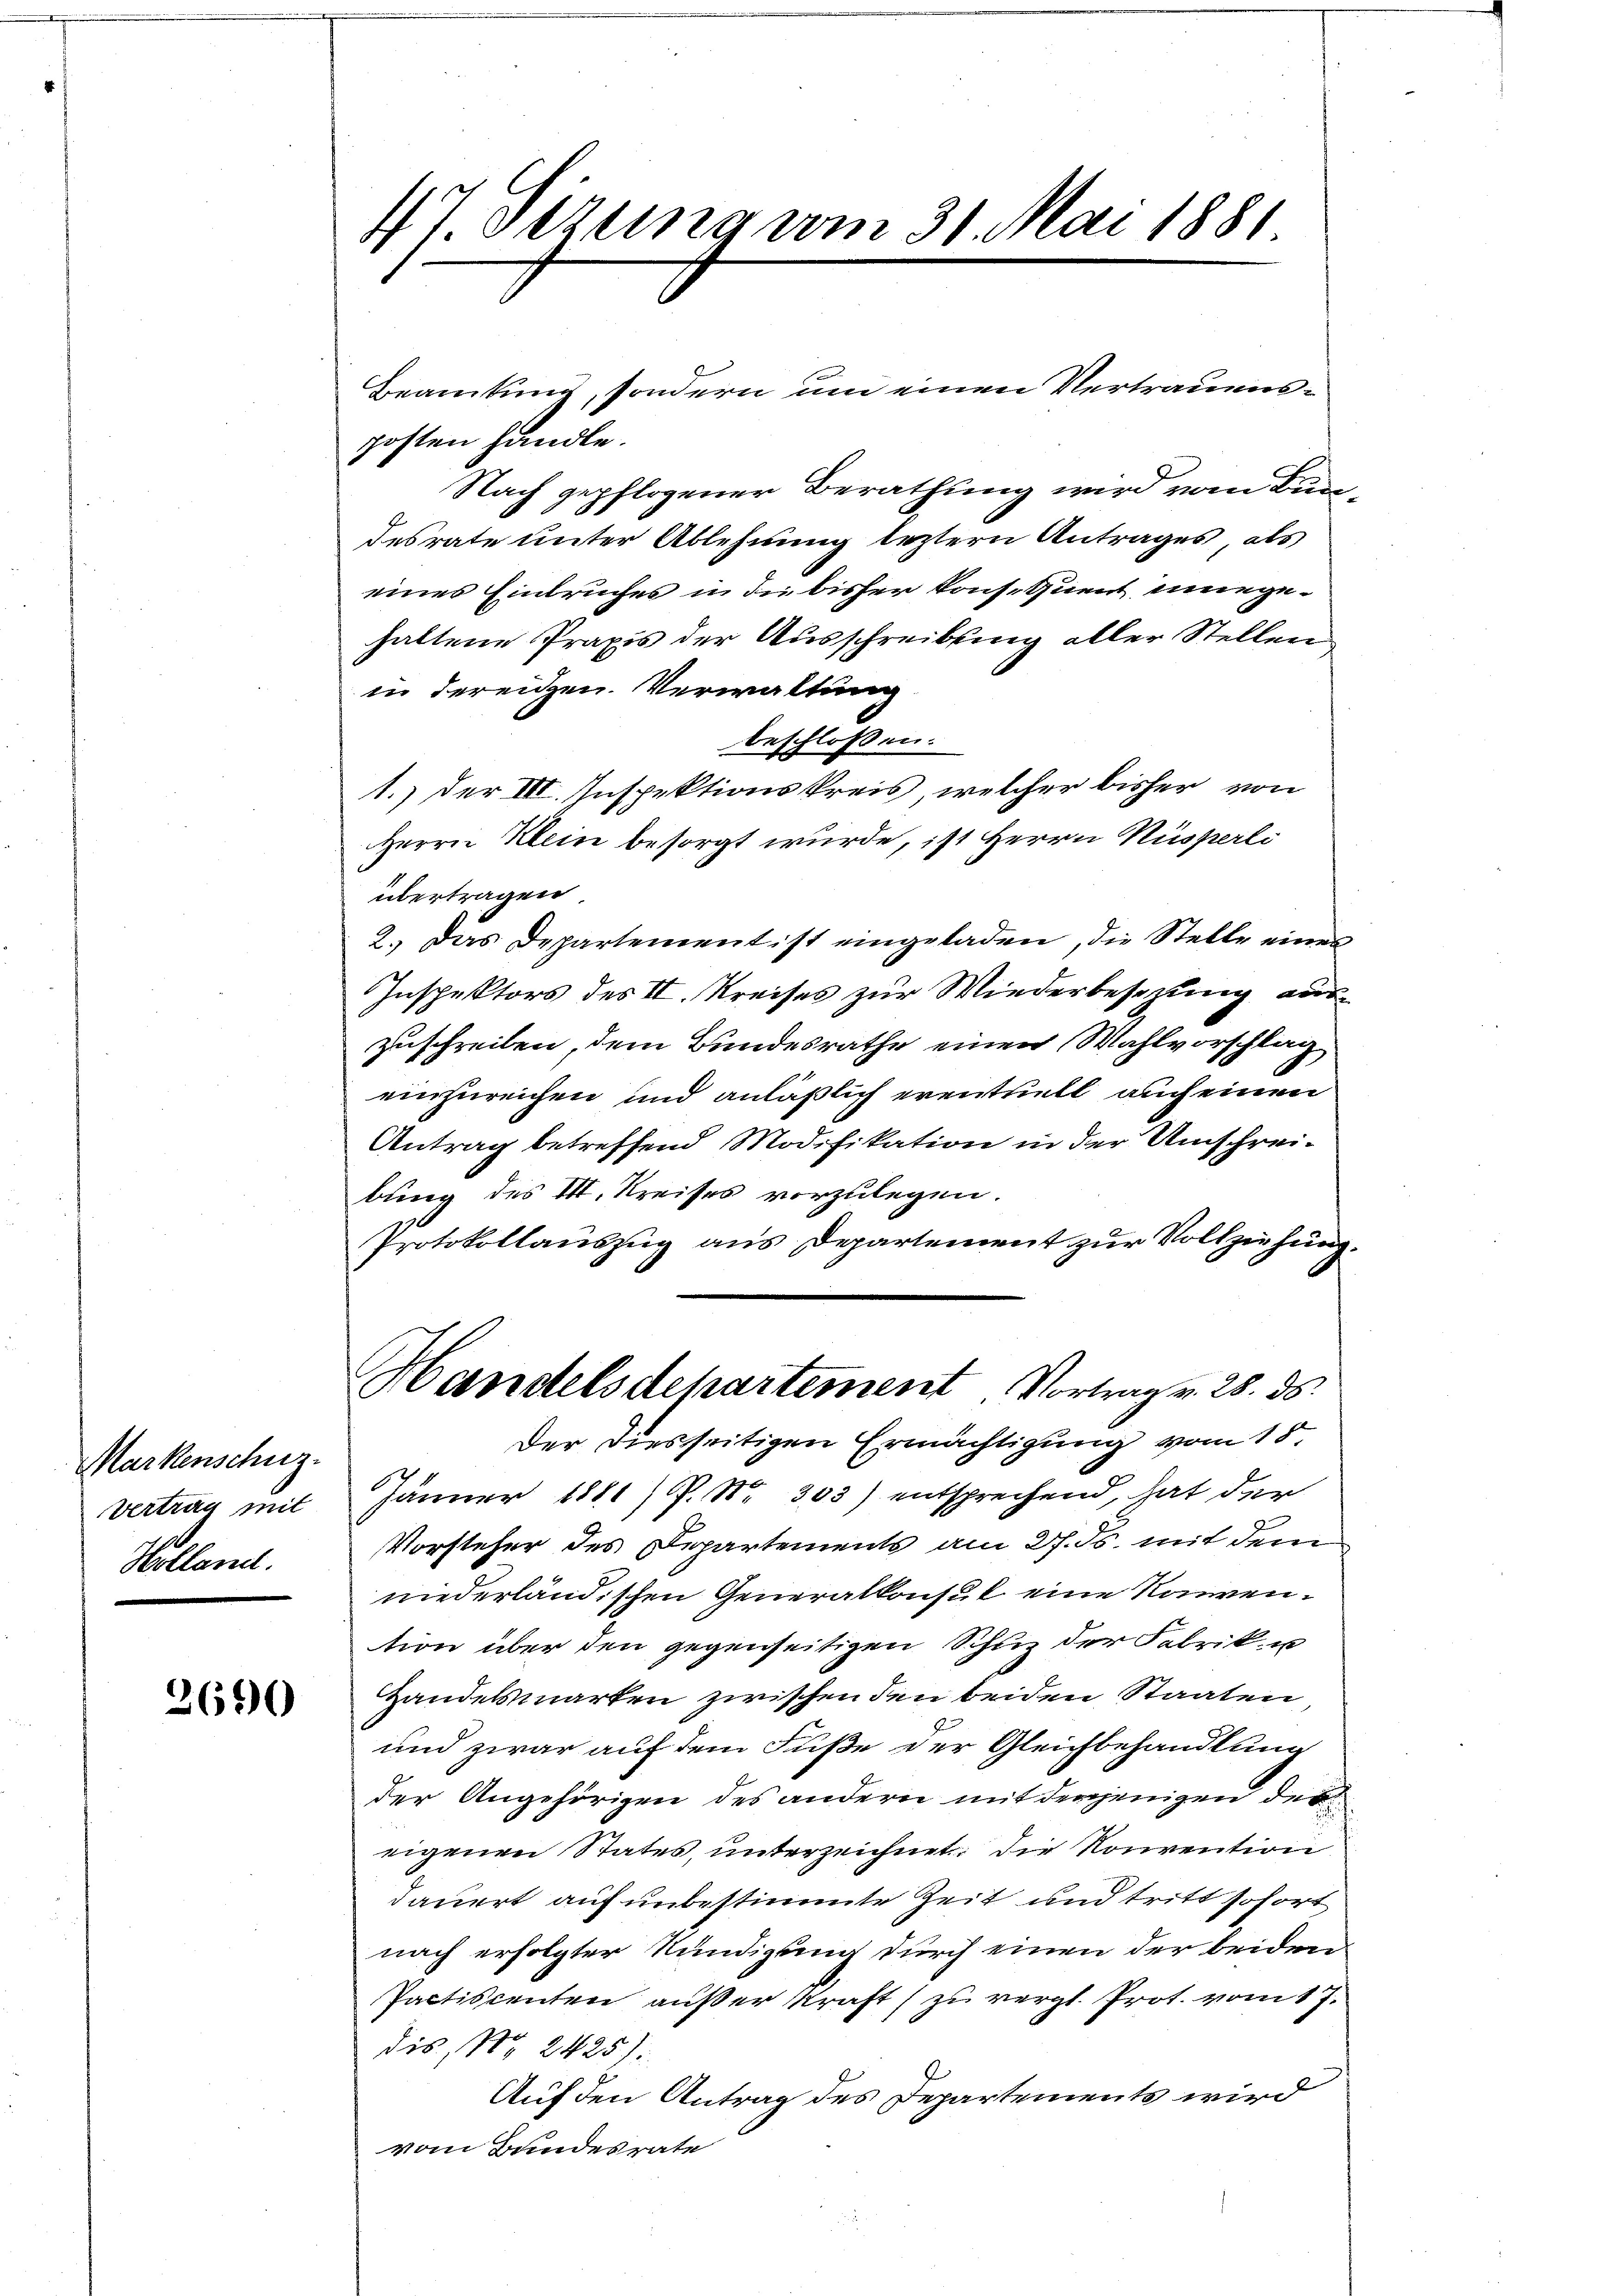
Markenschuz-
Vertrag mit
Holland.

2690

47. Setzung vom 31. Mai 1881

Beamtung, sondern um einen Vertrauensposten handle.
Nach gepflogener Berathung wird vom Bundesrate unter Ablehnung leztern Antrages, als
eines Einbruches in die bisher konsequent eingehaltene Praxis der Ausschreibung aller Stellen
in dereitzen. Verwaltung
beschlossen:
1.) Der III. Inspektionskreis, welcher bisher von
Herrn Klein besorgt wurde, ist Herrn Nüsperli
übertragen.
2. Das Departementist eingeladen, die Stelle eines
Inspektors des II. Kreises zur Wiederbesezung aus-
zuschreiben, dem Bundesrathe einen Wahlvorschlag
einzureichen und anläßlich erentuell auch einen
Antrag betreffend Modifikation in der Umschreibung des I. Kreises vorzulegen.
Protokollauszug aus Departement zur Vollziehung
Handelsdepartement Vortrag v. 28. ds.
Der diesseitigen Ermächtigung vom 15.
Jänner 1881) P. Nr. 303) entsprechend, hat der
Vorsteher des Departements am 27. ds. mit dem
niederländischen Generalkonsul eine Konvention über den gegenseitigen Schuz der Fabrik u
Handelsmarken zwischen den beiden Staaten
und zwar auf dem Fuße der Gleichbehandlung
der Angehörigen des andern mit derjenigen der
eigenen States, unterzeichnet. Die Konvention
dauert auf unbestimmte Zeit und tritt sofort
nach erfolgter Kündigung durch einen der beiden
Pactiscenten außer Kraft (zu vergl. Prot. vom 17.
dis, No 2425).
Auf den Antrag des Departements wird
vom Bundesrate